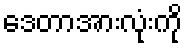
ဒေတာအားလုံးကို